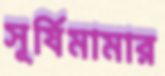
সূর্যিমামার